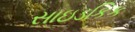
સાઇડકિક